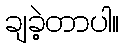
ချခဲ့တာပါ။